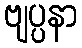
ဗျပ္ပနာ